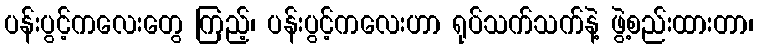
ပန်းပွင့်ကလေးတွေ ကြည့်၊ ပန်းပွင့်ကလေးဟာ ရုပ်သက်သက်နဲ့ ဖွဲ့စည်းထားတာ၊